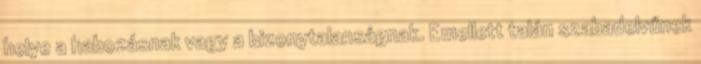
helye a habozásnak vagy a bizonytalanságnak. Emellett talán szabadelvűnek